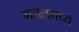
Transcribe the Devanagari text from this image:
गजलमध्ये